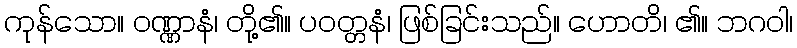
ကုန်သော။ ဝဏ္ဏာနံ၊ တို့၏။ ပဝတ္တနံ၊ ဖြစ်ခြင်းသည်။ ဟောတိ၊ ၏။ ဘဂဝါ၊